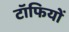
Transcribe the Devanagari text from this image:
टॉफियों